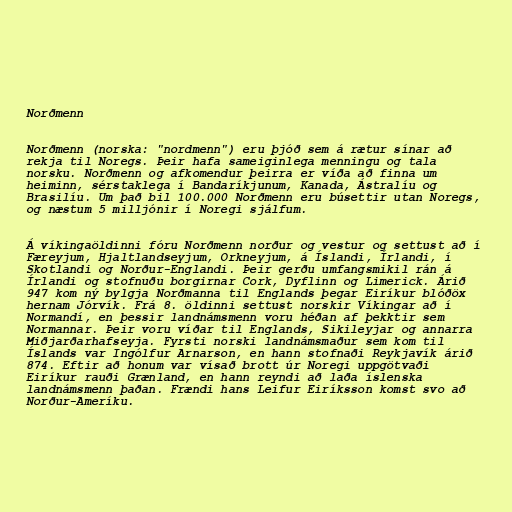
Norðmenn

Norðmenn (norska: "nordmenn") eru þjóð sem á rætur sínar að
rekja til Noregs. Þeir hafa sameiginlega menningu og tala
norsku. Norðmenn og afkomendur þeirra er víða að finna um
heiminn, sérstaklega í Bandaríkjunum, Kanada, Ástralíu og
Brasilíu. Um það bil 100.000 Norðmenn eru búsettir utan Noregs,
og næstum 5 milljónir í Noregi sjálfum.

Á víkingaöldinni fóru Norðmenn norður og vestur og settust að í
Færeyjum, Hjaltlandseyjum, Orkneyjum, á Íslandi, Írlandi, í
Skotlandi og Norður-Englandi. Þeir gerðu umfangsmikil rán á
Írlandi og stofnuðu borgirnar Cork, Dyflinn og Limerick. Árið
947 kom ný bylgja Norðmanna til Englands þegar Eiríkur blóðöx
hernam Jórvík. Frá 8. öldinni settust norskir Víkingar að í
Normandí, en þessir landnámsmenn voru héðan af þekktir sem
Normannar. Þeir voru víðar til Englands, Sikileyjar og annarra
Miðjarðarhafseyja. Fyrsti norski landnámsmaður sem kom til
Íslands var Ingólfur Arnarson, en hann stofnaði Reykjavík árið
874. Eftir að honum var vísað brott úr Noregi uppgötvaði
Eiríkur rauði Grænland, en hann reyndi að laða íslenska
landnámsmenn þaðan. Frændi hans Leifur Eiríksson komst svo að
Norður-Ameríku.